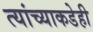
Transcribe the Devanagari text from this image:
त्यांच्याकडेही